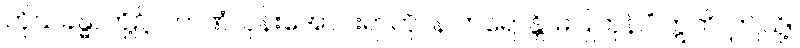
ကိုယ်ခန္ဓာတို့၌။ တာဏံ၊ ပုန်းအောင်းရာကို။ န ကရောန္တိ၊ မပြုကုန်။” ဣတိ၊ ဤသို့။